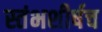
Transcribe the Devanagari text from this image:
स्तंभशीर्षच